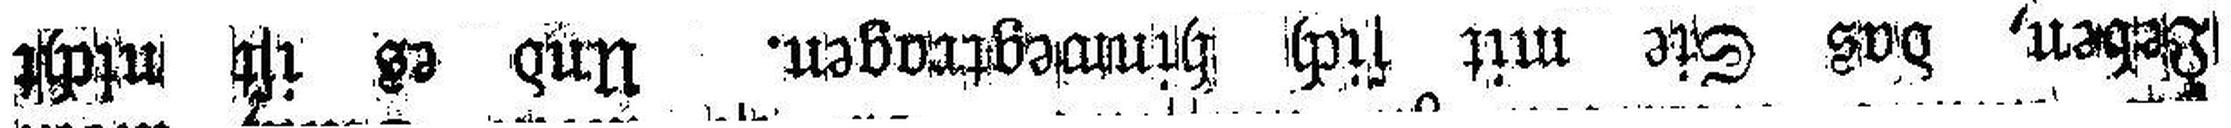
Leben, das Sie mit sich hinwegtragen. Und es ist nicht